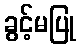
ခွင့်မပြု